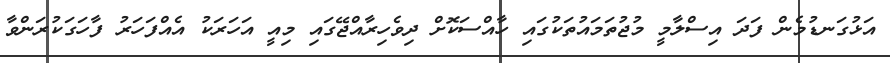
އަޅުގަނޑުމެން ފަދަ އިސްލާމީ މުޖުތަމައުތަކުގައި ހާއްސަކޮށް ދިވެހިރާއްޖޭގައި މިއީ އަހަރަކު އެއްފަހަރު ފާހަގަކުރަންވާ